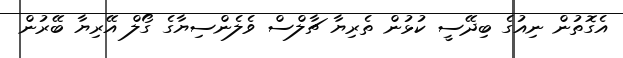
އެގޮތުން ނިއުގެ ބިދޭސީ ކުޅުން ތެރިޔާ ޗާލްސް ވެލެންސިޔާގެ ގޯލް އޭރިޔާ ބޭރުން